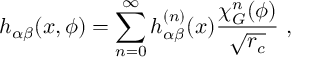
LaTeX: h _ { \alpha \beta } ( x , \phi ) = \sum _ { n = 0 } ^ { \infty } h _ { \alpha \beta } ^ { ( n ) } ( x ) \frac { \chi _ { G } ^ { n } ( \phi ) } { \sqrt { r _ { c } } } \, \, ,